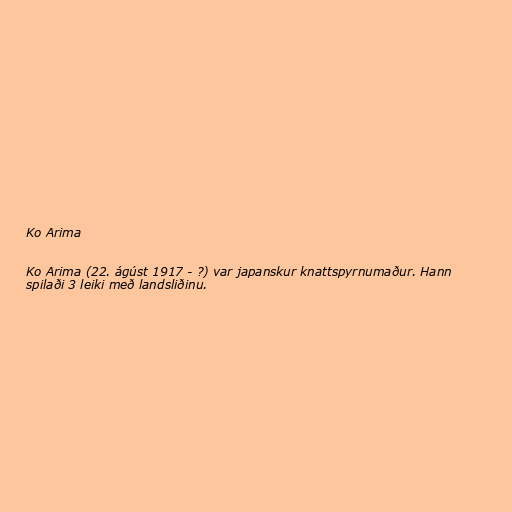
Ko Arima

Ko Arima (22. ágúst 1917 - ?) var japanskur knattspyrnumaður. Hann
spilaði 3 leiki með landsliðinu.